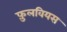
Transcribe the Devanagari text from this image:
फ़ुलवियस